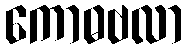
ကောဓဗလာ